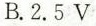
B.2.5V